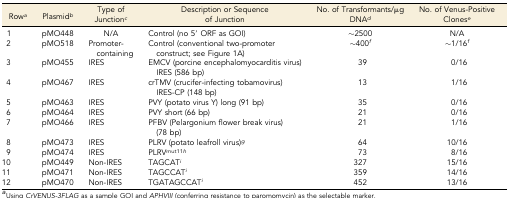
| Rowa | Plasmidb | Type of Junctionc | Description or Sequence of Junction | No. of Transformants/μg DNAd | No. of Venus-Positive Clonese |
 | --- | --- | --- | --- | --- | --- |
 | 1 | pMO448 | N/A | Control (no 5′ ORF as GOI) | ∼2500 | N/A |
 | 2 | pMO518 | Promoter-containing | Control (conventional two-promoter construct; see Figure 1A) | ∼400f | ∼1/16f |
 | 3 | pMO455 | IRES | EMCV (porcine encephalomyocarditis virus) IRES (586 bp) | 39 | 0/16 |
 | 4 | pMO467 | IRES | crTMV (crucifer-infecting tobamovirus) IRES-CP (148 bp) | 13 | 1/16 |
 | 5 | pMO463 | IRES | PVY (potato virus Y) long (91 bp) | 35 | 0/16 |
 | 6 | pMO464 | IRES | PVY short (66 bp) | 21 | 0/16 |
 | 7 | pMO466 | IRES | PFBV (Pelargonium flower break virus) (78 bp) | 21 | 1/16 |
 | 8 | pMO473 | IRES | PLRV (potato leafroll virus)g | 64 | 10/16 |
 | 9 | pMO474 | IRES | PLRVmut11h | 73 | 8/16 |
 | 10 | pMO449 | Non-IRES | TAGCATi | 327 | 15/16 |
 | 11 | pMO471 | Non-IRES | TAGCCATi | 359 | 14/16 |
 | 12 | pMO470 | Non-IRES | TGATAGCCATi | 452 | 13/16 |